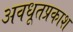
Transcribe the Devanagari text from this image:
अवधूतप्रकाश